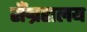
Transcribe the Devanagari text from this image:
सँग्रहालय